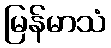
မြန်မာသံ